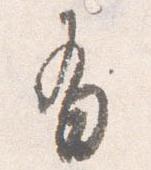
有